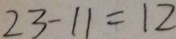
2 3 - 1 1 = 1 2